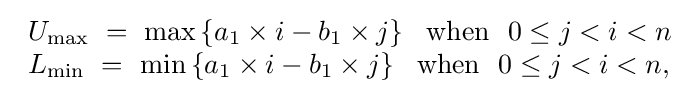
{\begin{array}{lcr}U_{\max }\ =\ \max \left\{a_{1}\times i-b_{1}\times j\right\}~~{\textrm {when}}~~0\leq j<i<n\\L_{\min }\ =\ \min \left\{a_{1}\times i-b_{1}\times j\right\}~~{\textrm {when}}~~0\leq j<i<n,\\\end{array}}